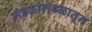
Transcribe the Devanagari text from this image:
मंडळांमंडळातून